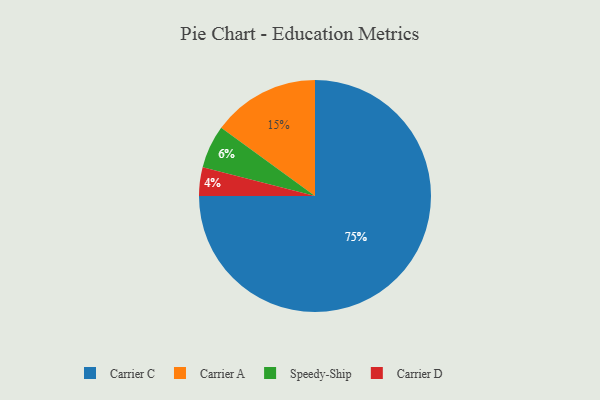
{"axis": {"x": "Category", "y": "Percentage"}, "legend": ["Carrier A", "Carrier C", "Carrier D", "Speedy-Ship"], "data": [{"x": "Carrier C", "y": 75, "type": "Carrier C"}, {"x": "Carrier A", "y": 15, "type": "Carrier A"}, {"x": "Speedy-Ship", "y": 6, "type": "Speedy-Ship"}, {"x": "Carrier D", "y": 4, "type": "Carrier D"}]}